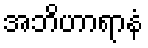
အဘိဟာရာနံ